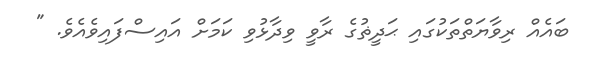
ބައެއް ރިވާޔަތްތަކުގައި ޙަދީޡުގެ ރާވީ ވިދާޅުވި ކަމަށް އައިސްފައިވެއެވެ. "